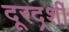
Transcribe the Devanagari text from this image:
दूरदर्र्शी